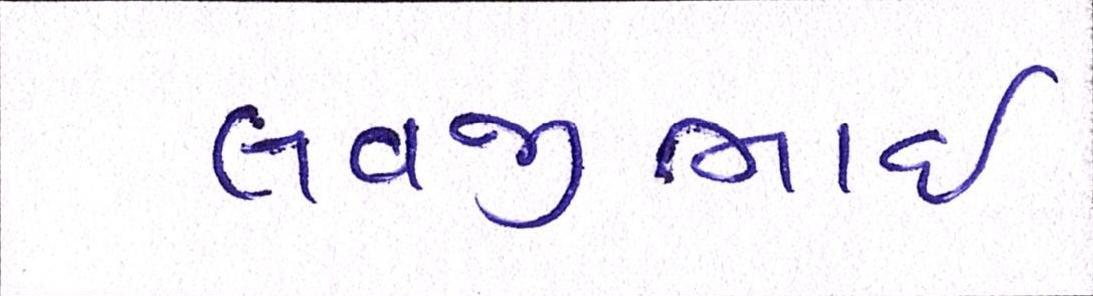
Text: લવજીભાઇ